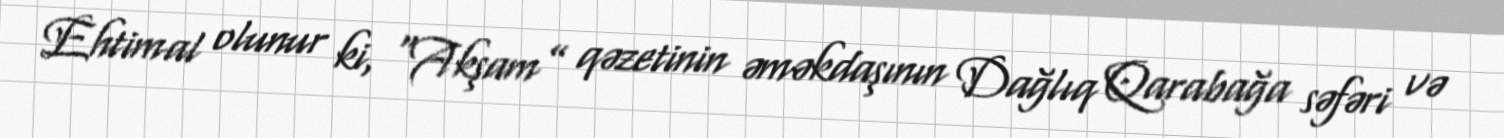
Ehtimal olunur ki, “Akşam” qəzetinin əməkdaşının Dağlıq Qarabağa səfəri və